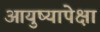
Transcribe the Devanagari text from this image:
आयुष्यापेक्षा